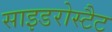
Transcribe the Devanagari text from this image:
साइडरोस्टैट